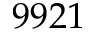
9 9 2 1